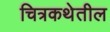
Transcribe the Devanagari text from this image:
चित्रकथेतील